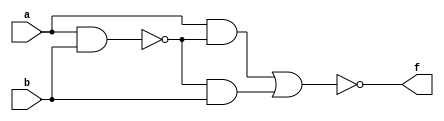
`timescale 10ns/1ns

module exclusive_or (f, a, b);

   input a, b;
   output f;
   wire t1, t2, t3;
 
   nand #5 m1(t1, a, b);
   and  #5 m2(t2, a, t1);
   and  #5 m3(t3, t1, b);
   nor  #5 m4(f, t2, t3);

endmodule